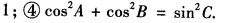
1；④cos_{2}A+cos^{2}B=sin^{2}C.